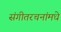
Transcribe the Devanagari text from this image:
संगीतरचनांमधे